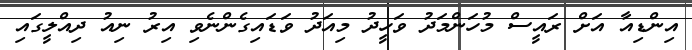
އިންޑިއާ އަށް ރައީސް މުހަންމަދު ވަހީދު މިއަދު ވަޑައިގެންނެވި އިރު ނިއު ދިއްލީގައި